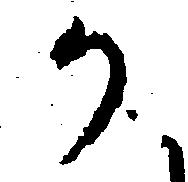
か